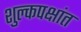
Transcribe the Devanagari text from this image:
शुल्कपक्षांत